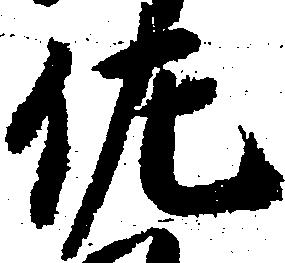
佐